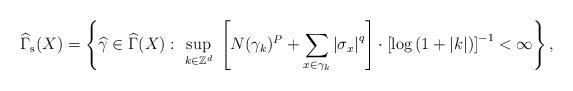
LaTeX: \begin{align*}\widehat{\Gamma }_{\mathrm{s}}(X)=\left\{ \widehat{\gamma }\in \widehat{\Gamma }(X):\ \sup_{k\in \mathbb{Z}^{d}}\ \left[ N(\gamma_{k})^{P}+ \sum_{x\in \gamma _{k}}\left\vert \sigma _{x}\right\vert^{q}\right] \cdot \left[ \log \left( 1+|k|\right) \right] ^{-1}<\infty\right\} , \end{align*}